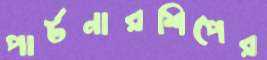
পার্টনারশিপের